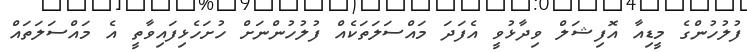
ފުލުހުންގެ މީޑިއާ އޮފިޝަލް ވިދާޅުވީ އެފަދަ މައްސަލަތަކެއް ފުލުހުންނަށް ހުށަހެޅިފައިވާތީ އެ މައްސަލަތައް